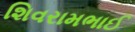
શિવરામભાઈ